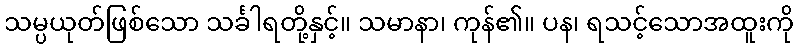
သမ္ပယုတ်ဖြစ်သော သင်္ခါရတို့နှင့်။ သမာနာ၊ ကုန်၏။ ပန၊ ရသင့်သောအထူးကို